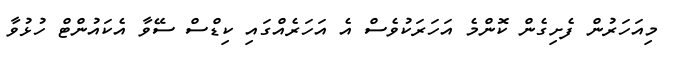
މިއަހަރުން ފެށިގެން ކޮންމެ އަހަރަކުވެސް އެ އަހަރެއްގައި ކިޑްސް ސޭވާ އެކައުންޓް ހުޅުވާ